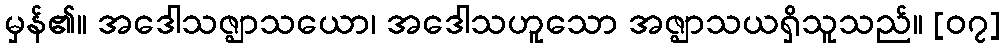
မှန်၏။ အဒေါသဇ္ဈာသယော၊ အဒေါသဟူသော အဇ္ဈာသယရှိသူသည်။ [၀၇]